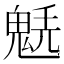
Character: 𩳂